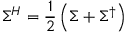
\Sigma ^ { H } = \frac { 1 } { 2 } \left( \Sigma + \Sigma ^ { \dagger } \right)